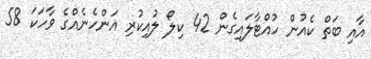
އާއި ބަތް ކެއުން ހުއްޓާލައިގެން 42 ކިލޯ ލުއިކުރި އަންހެނެއްގެ ވާހަކަ 58